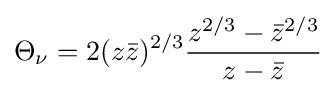
\Theta _{\nu }=2(z{\bar {z}})^{2/3}{\frac {z^{2/3}-{\bar {z}}^{2/3}}{z-{\bar {z}}}}